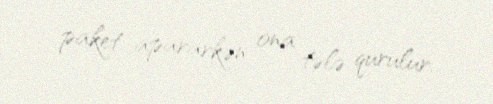
paket apararkən ona tələ qurulur.